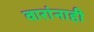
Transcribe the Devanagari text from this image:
वारांनाही